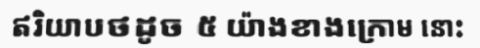
ឥរិយាបថដូច ៥ យ៉ាងខាងក្រោម នោះ